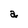
Character: a